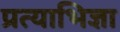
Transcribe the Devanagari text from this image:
प्रत्याभिज्ञा